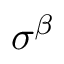
\sigma ^ { \beta }